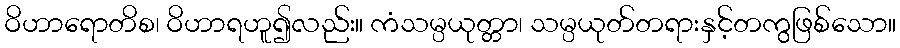
ဝိဟာရောတိစ၊ ဝိဟာရဟူ၍လည်း။ ကံသမ္ပယုတ္တာ၊ သမ္ပယုတ်တရားနှင့်တကွဖြစ်သော။